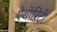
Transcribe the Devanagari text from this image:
ऐथॉऱिटी